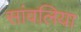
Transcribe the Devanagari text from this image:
सांवलिया